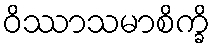
ဝိဿာသမာစိက္ခိ